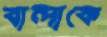
বান্দাকে